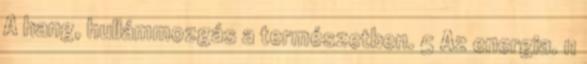
A hang, hullámmozgás a természetben. 5 Az energia. 11